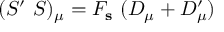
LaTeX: ( S ^ { \prime } ~ S ) _ { \mu } = F _ { \bf s } ~ ( D _ { \mu } + D _ { \mu } ^ { \prime } )